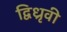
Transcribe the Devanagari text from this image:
द्विध्रृवी